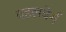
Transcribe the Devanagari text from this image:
वहलबेर्ग